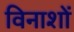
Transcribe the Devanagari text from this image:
विनाशों